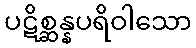
ပဋိစ္ဆန္နပရိဝါသော